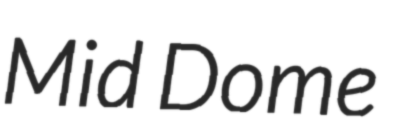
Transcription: Mid Dome